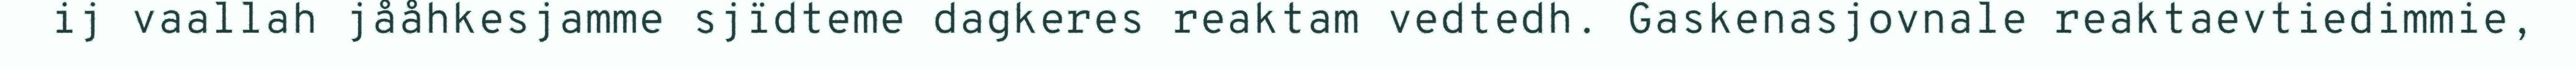
ij vaallah jååhkesjamme sjïdteme dagkeres reaktam vedtedh. Gaskenasjovnale reaktaevtiedimmie,